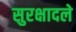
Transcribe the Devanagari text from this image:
सुरक्षादले